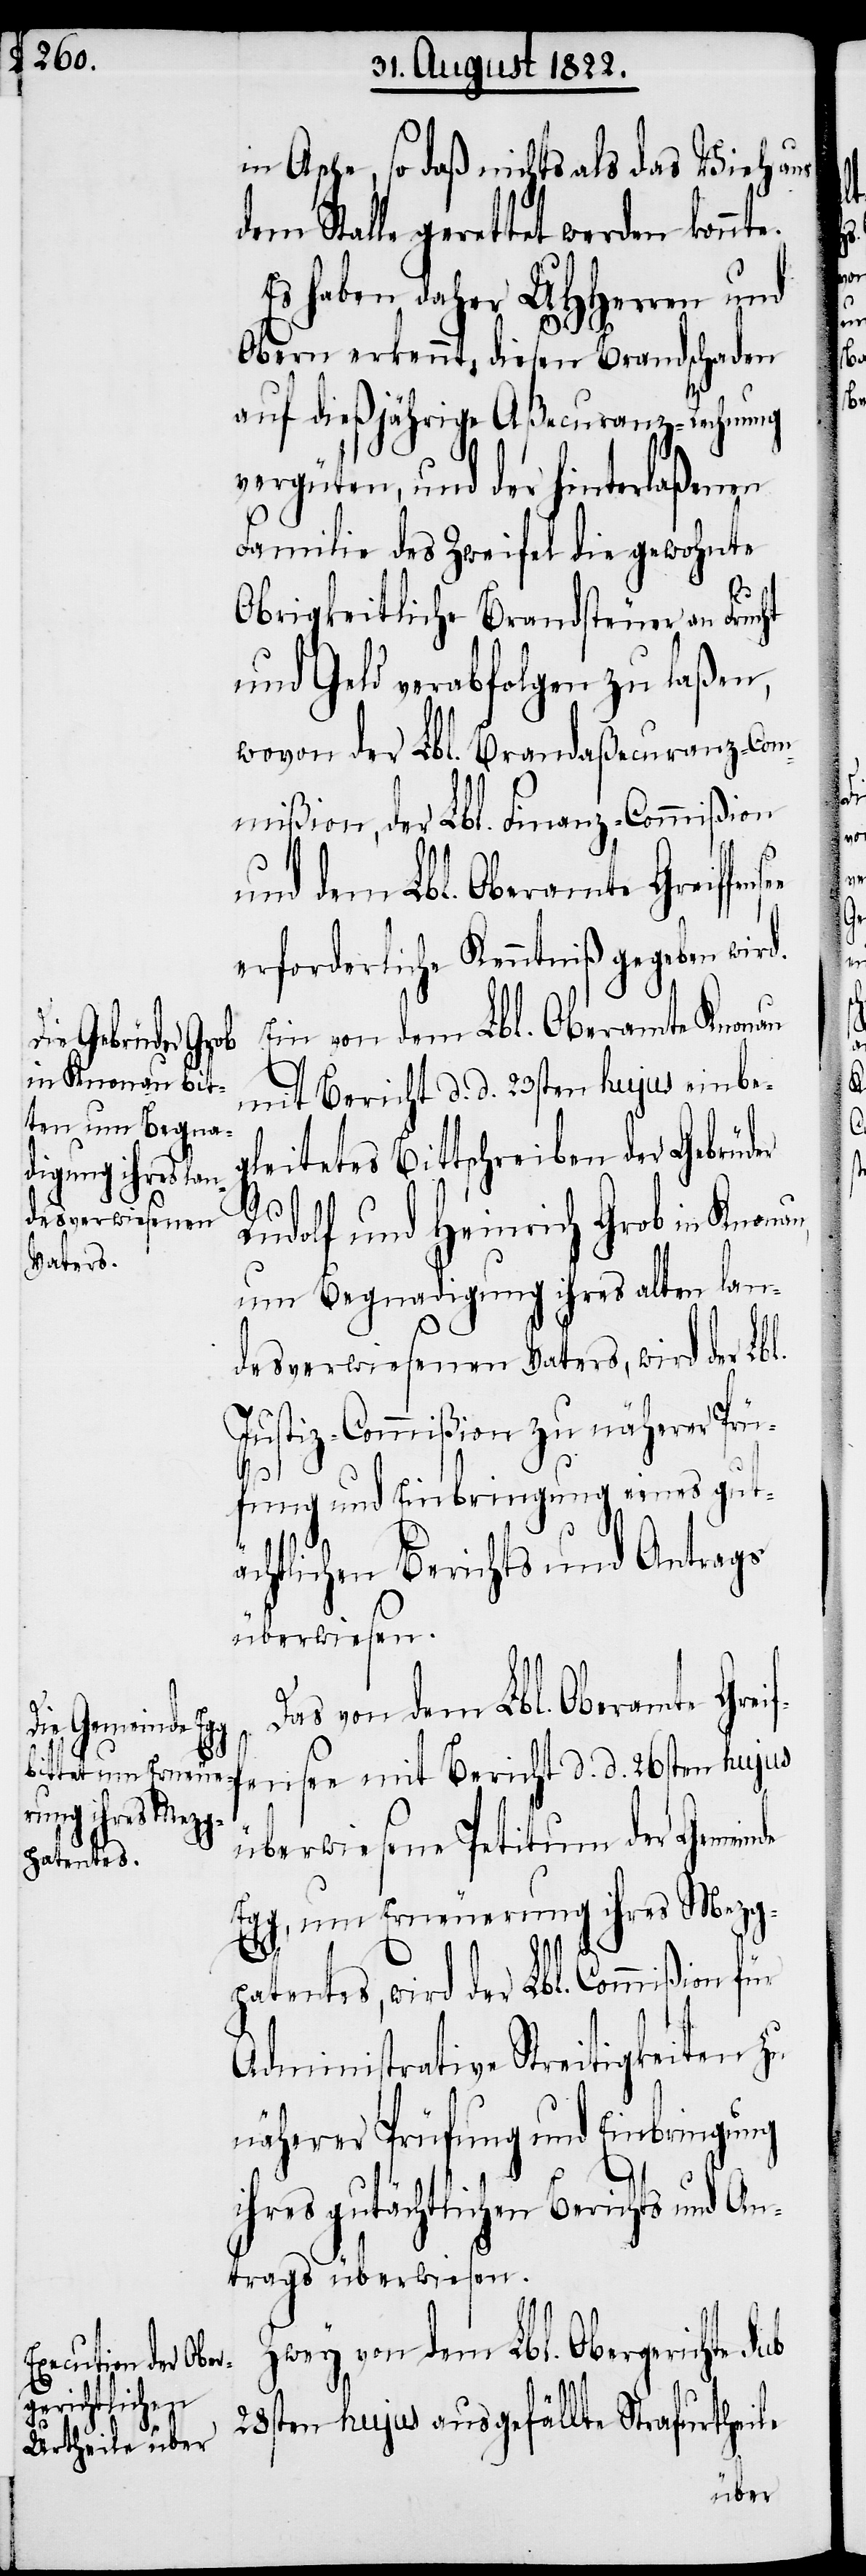
in Asche, so daß nichts als das Vieh aus
gerettet werden konnt¬
Es haben daher UHHerrn und
Obern erkennt, diesen Brandschaden
auf dießjährige Aßecuranz-Rechnung
vergüten, und der hinterlaßenen
Familie des Zweifel die gewohnte
e.
Obrigkeitliche Brandsteuer an Frucht
und Geld verabfolgen zu laßen,
wovon der Lbl. Finanz-Commißion
und dem Lbl. Oberamte Greiffen¬
erforderlich Kenntniß gegeben wir¬
Ein von dem Lbl. Oberamte Knonau
mit Bericht d. d. 23sten hujus einbeg¬
leitetes Bittschreiben der Gebrüder
Rudolf und Heinrich Grob in Knon¬
um Begnadigung ihres alten lan¬
desverwiesenen Vaters, wird der
Justiz-Commißion zu näherer Prü¬
fung und Einbringung eines gutä¬
chtlichen Berichts und Antrags
überwiesen.
Das von dem Lbl. Oberam¬
te Greiffensee mit Bericht d. d. 26sten hujus
überwiesene Petitum der Gemeinde
Egg, um Erneuerung ihres Mezg¬
d.
au,
patentes, wird der Lbl. Commißion für
Administrative Streitigkeiten zu
näherer Prüfung und Einbringung
ihres gutächtlichen Berichts und An¬
trags überwiesen.
Zwey von dem Lbl. Obergericht Sub
28sten hujus ausgefällte Strafurtheile